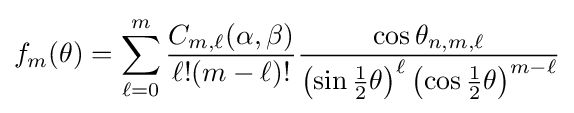
f_{m}(\theta )=\sum _{\ell =0}^{m}{\frac {C_{m,\ell }(\alpha ,\beta )}{\ell !(m-\ell )!}}{\frac {\cos \theta _{n,m,\ell }}{\left(\sin {\frac {1}{2}}\theta \right)^{\ell }\left(\cos {\frac {1}{2}}\theta \right)^{m-\ell }}}